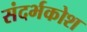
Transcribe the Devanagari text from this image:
संदर्भकोश